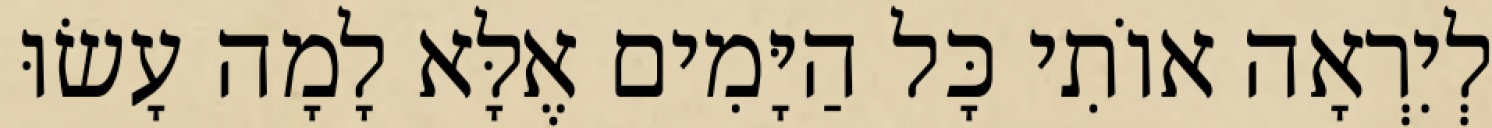
לְיִרְאָה אוֹתִי כָּל הַיָּמִים אֶלָּא לָמָה עָשׂוּ